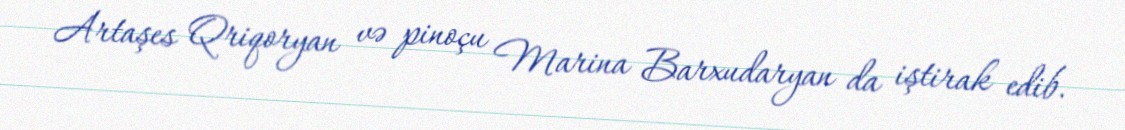
Artaşes Qriqoryan və pinoçu Marina Barxudaryan da iştirak edib.